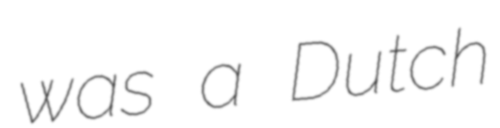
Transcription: was a Dutch